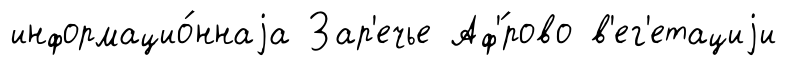
информацио́ннаjа Зар'ечье Аф'́рово в'ег'етациjи